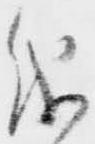
儀